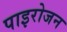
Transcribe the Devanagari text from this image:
पाइरोजन